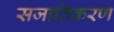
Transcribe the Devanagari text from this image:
सजातिकरण